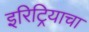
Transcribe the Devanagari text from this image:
इरिट्रियाचा